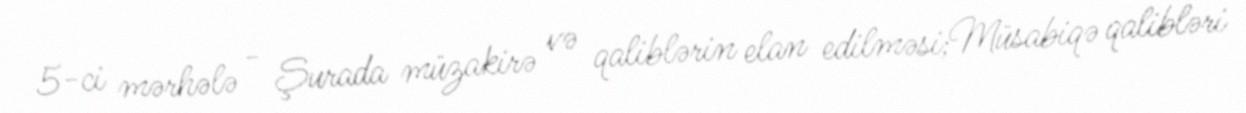
5-ci mərhələ - Şurada müzakirə və qaliblərin elan edilməsi;Müsabiqə qalibləri